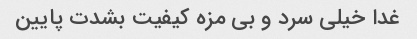
غدا خیلی سرد و بی مزه کیفیت بشدت پایین